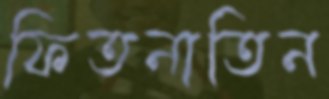
ফিতনাতিন